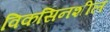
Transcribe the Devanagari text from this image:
विकसिनशील